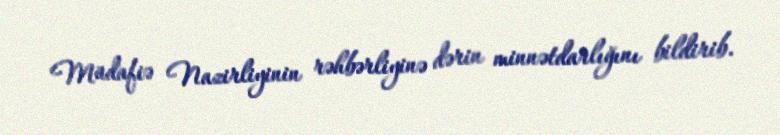
Müdafiə Nazirliyinin rəhbərliyinə dərin minnətdarlığını bildirib.